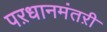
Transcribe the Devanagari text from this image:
पऱधानमंतऱी